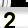
Digit: 2